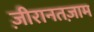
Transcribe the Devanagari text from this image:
ज़ीरानतज़ाम